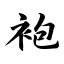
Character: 袍